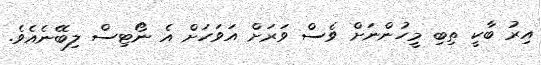
އިރު ބާކީ ތިބި މީހުންނަށް ވެސް ވަރަށް އަވަހަށް އެ ނޯޓިސް ލިބޭނެއެވެ.